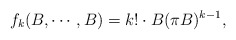
\begin{align*}f_{k}(B,\cdots ,B) = k! \cdot B(\pi B)^{k-1},\end{align*}